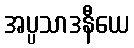
အပ္ပသာဒနီယေ